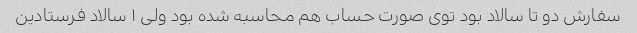
سفارش دو تا سالاد بود توی صورت حساب هم محاسبه شده بود ولی ۱ سالاد فرستادین